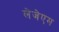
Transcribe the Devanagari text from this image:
लेजेएम